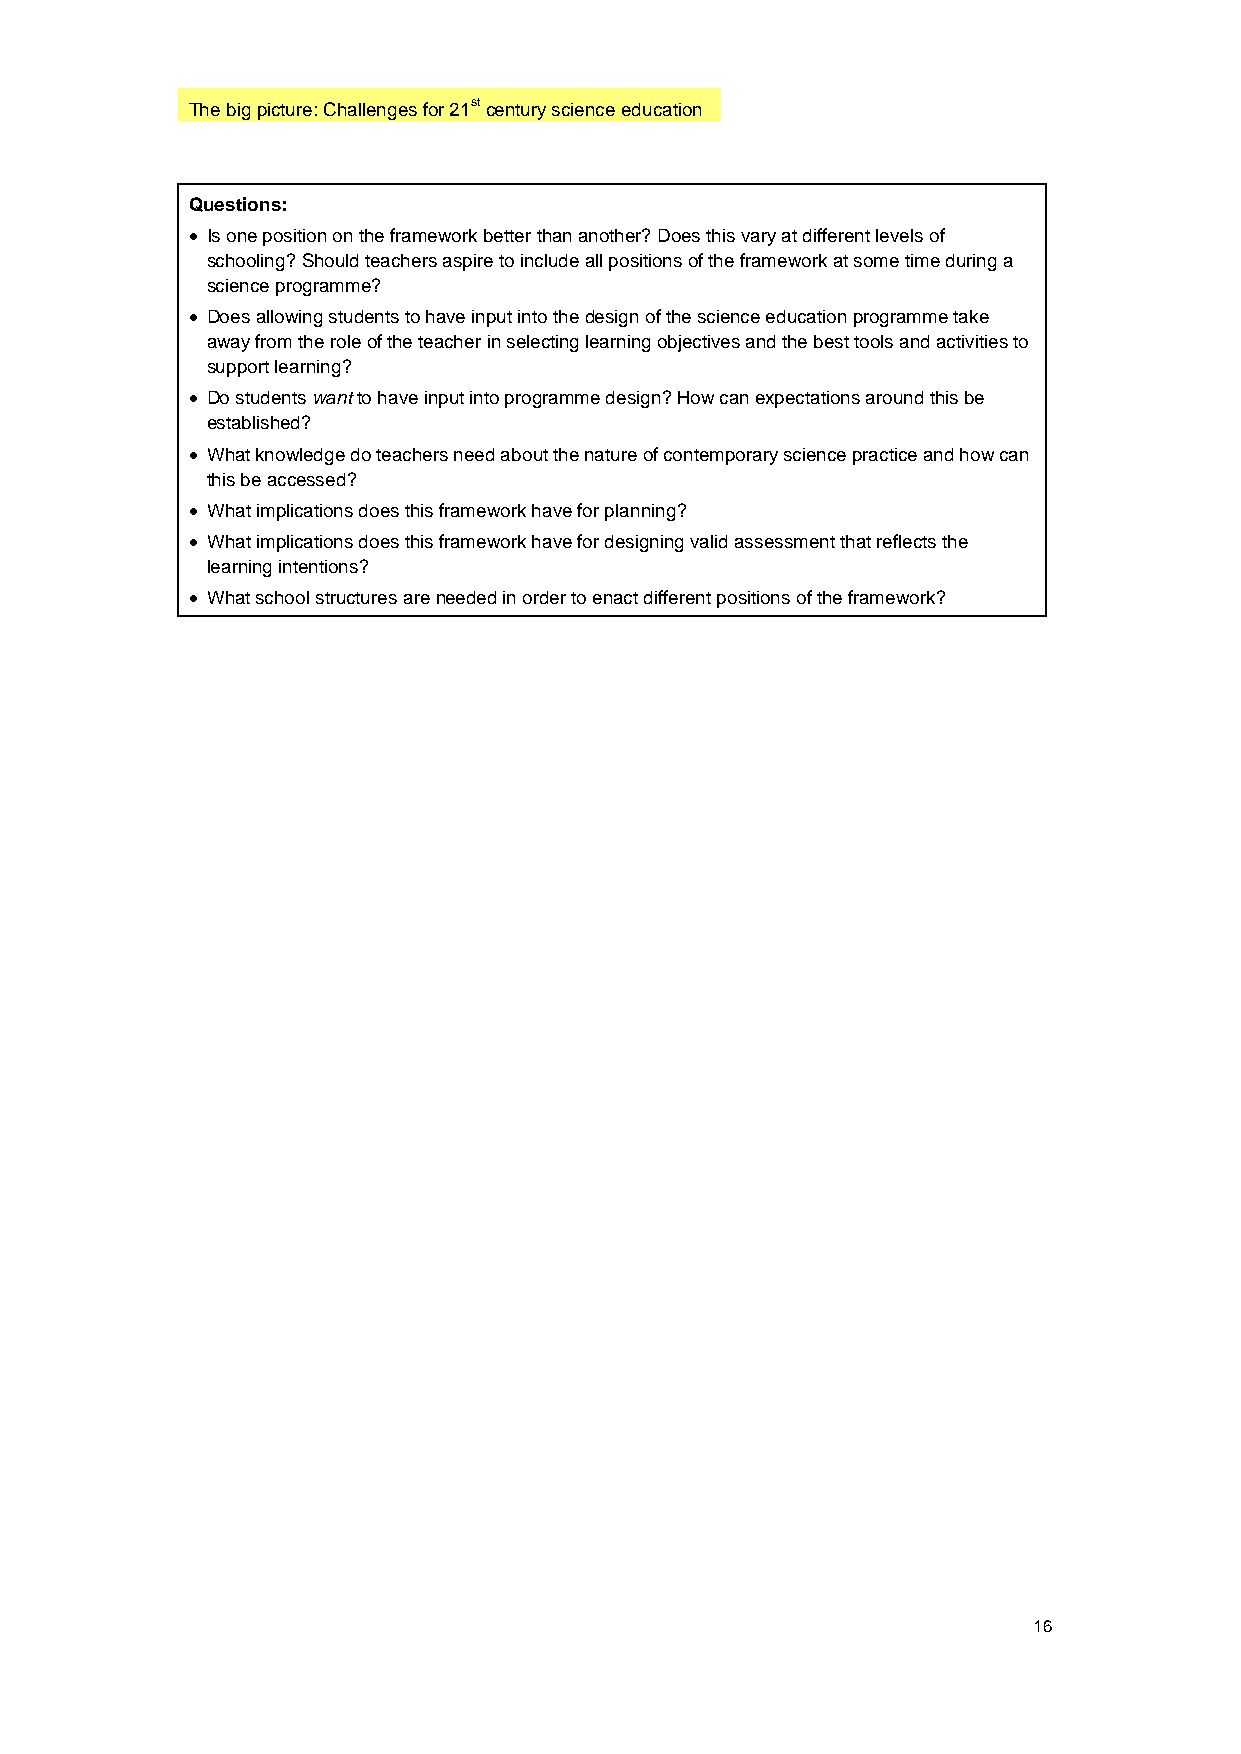
The big picture: Challenges for 21st century science education
 Questions:
 • Is one position on the framework better than another? Does this vary at different levels of
 schooling? Should teachers aspire to include all positions of the framework at some time during a
 science programme?
 • Does allowing students to have input into the design of the science education programme take
 away from the role of the teacher in selecting learning objectives and the best tools and activities to
 support learning?
 • Do students want to have input into programme design? How can expectations around this be
 established?
 • What knowledge do teachers need about the nature of contemporary science practice and how can
 this be accessed?
 • What implications does this framework have for planning?
 • What implications does this framework have for designing valid assessment that reflects the
 learning intentions?
 • What school structures are needed in order to enact different positions of the framework?
 16